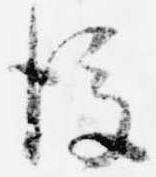
後